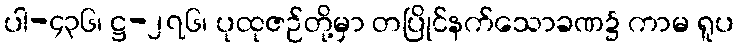
ပါ-၄၃၆၊ ဋ္ဌ-၂၇၆၊ ပုထုဇဉ်တို့မှာ တပြိုင်နက်သောခဏ၌ ကာမ ရူပ